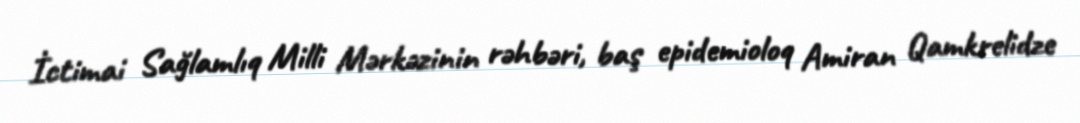
İctimai Sağlamlıq Milli Mərkəzinin rəhbəri, baş epidemioloq Amiran Qamkrelidze